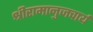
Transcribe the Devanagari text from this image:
श्रीरामानुजचार्य